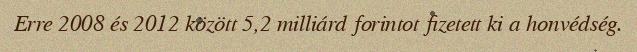
Erre 2008 és 2012 között 5,2 milliárd forintot fizetett ki a honvédség.